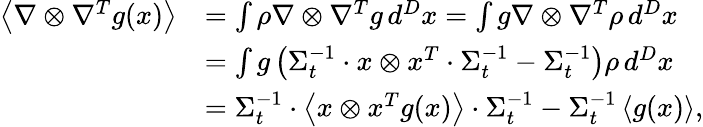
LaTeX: \begin{array}{rl}{\left\langle\nabla\otimes\nabla^{T}g(x)\right\rangle}&{=\int\rho\nabla\otimes\nabla^{T}g\, d^{D}x=\int g\nabla\otimes\nabla^{T}\rho\, d^{D}x}\\ &{=\int g\left(\Sigma_{t}^{-1}\cdot x\otimes x^{T}\cdot\Sigma_{t}^{-1}-\Sigma_{t}^{-1}\right)\rho\, d^{D}x}\\ &{=\Sigma_{t}^{-1}\cdot\left\langle x\otimes x^{T}g(x)\right\rangle\cdot\Sigma_{t}^{-1}-\Sigma_{t}^{-1}\left\langle g(x)\right\rangle,}\end{array}